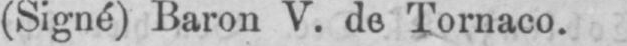
(Signé) Baron V. de Tornaco.